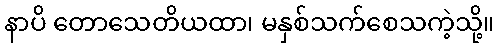
နာပိ တောသေတိယထာ၊ မနှစ်သက်စေသကဲ့သို့။